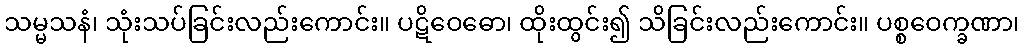
သမ္မသနံ၊ သုံးသပ်ခြင်းလည်းကောင်း။ ပဋိဝေဓော၊ ထိုးထွင်း၍ သိခြင်းလည်းကောင်း။ ပစ္စဝေက္ခဏာ၊